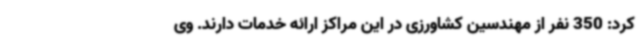
کرد: 350 نفر از مهندسین کشاورزی در این مراکز ارائه خدمات دارند. وی